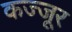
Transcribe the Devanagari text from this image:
कज्जूर